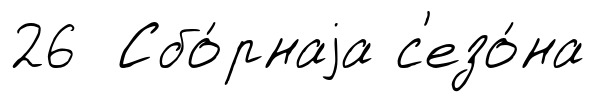
26 Сбо́рнаjа с'езо́на